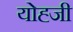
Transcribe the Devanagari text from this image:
योह्जी